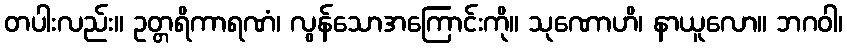
တပါးလည်း။ ဥတ္တရိကာရဏံ၊ လွန်သောအကြောင်းကို။ သုဏောဟိ၊ နာယူလော။ ဘဂဝါ၊